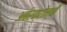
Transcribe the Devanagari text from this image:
अबेरक्रोम्बी